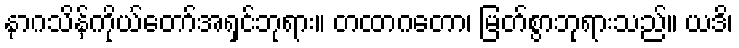
နာဂသိန်ကိုယ်တော်အရှင်ဘုရား။ တထာဂတော၊ မြတ်စွာဘုရားသည်။ ယဒိ၊